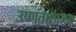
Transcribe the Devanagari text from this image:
उष्णताशामक